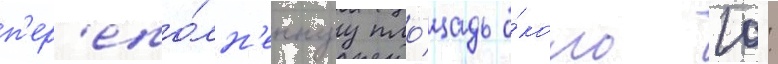
п'ер'епо́лн'еннуу пло́щадь о́коло 10: